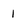
Character: 1